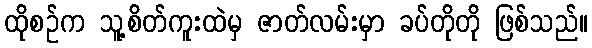
ထိုစဉ်က သူ့စိတ်ကူးထဲမှ ဇာတ်လမ်းမှာ ခပ်တိုတို ဖြစ်သည်။